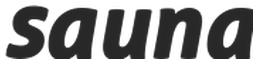
sauna